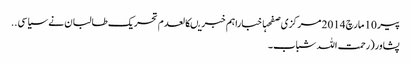
پیر 10 مارچ 2014 مرکزی صفحہاخباراہم خبریںکالعدم تحریک طالبان نے سیاسی ..
پشاور(رحمت اللہ شباب۔